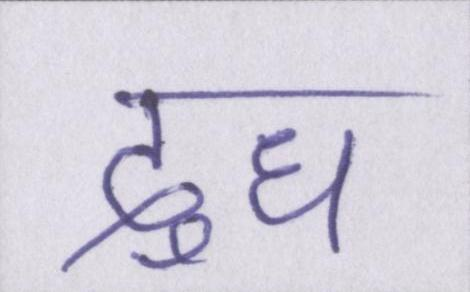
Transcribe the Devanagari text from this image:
दुध